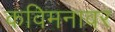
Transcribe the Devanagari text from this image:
कविमनावर